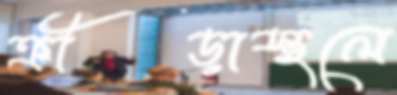
ক্রীড়াস্থলে